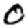
Digit: 0